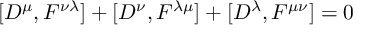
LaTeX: \lbrack D ^ { \mu } , F ^ { \nu \lambda } ] + [ D ^ { \nu } , F ^ { \lambda \mu } ] + [ D ^ { \lambda } , F ^ { \mu \nu } ] = 0